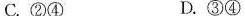
C.②④ D.③④